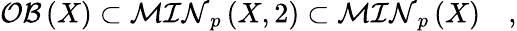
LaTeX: {\cal OB}\left(X\right)\subset{\cal MIN}_{p}\left(X,2\right)\subset{\cal MIN}_{p}\left(X\right)\quad,